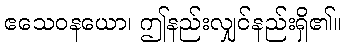
ဧသေဝနယော၊ ဤနည်းလျှင်နည်းရှိ၏။